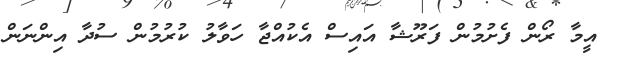
އީމާ ރޯން ފެށުމުން ފަރޫޝާ އައިސް އެކުއްޖާ ހަވާލު ކުރުމުން ސުދާ އިންނަން